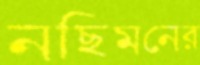
নছিমনের